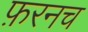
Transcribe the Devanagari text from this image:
फ़रनच